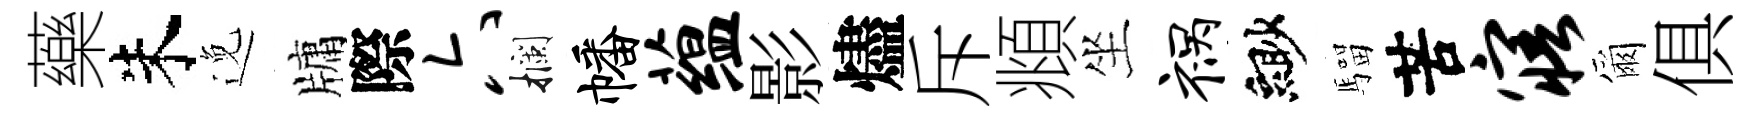
藥朱𨓜牗際六攔幡蕴影燼斥頫坐祸緲騮苦寤爾俱